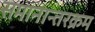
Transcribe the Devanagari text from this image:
समानान्तरक्रम